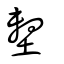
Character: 墼